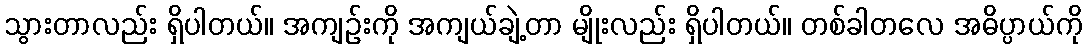
သွားတာလည်း ရှိပါတယ်။ အကျဉ်းကို အကျယ်ချဲ့တာ မျိုးလည်း ရှိပါတယ်။ တစ်ခါတလေ အဓိပ္ပာယ်ကို